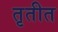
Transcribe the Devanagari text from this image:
तृतीत